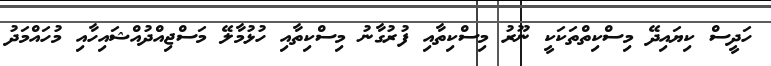
ހަދީސް ކިޔައިދޭ މިސްކިތްތަކަކީ ނޫރު މިސްކިތާއި ފުރުގާނު މިސްކިތާއި ހުޅުމާލޭ މަސްޖިއްދުއްޝައިހާއި މުހައްމަދު